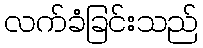
လက်ခံခြင်းသည်